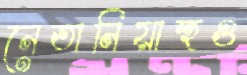
নেতানিয়াহুও